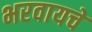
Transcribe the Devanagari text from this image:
भरवायचे